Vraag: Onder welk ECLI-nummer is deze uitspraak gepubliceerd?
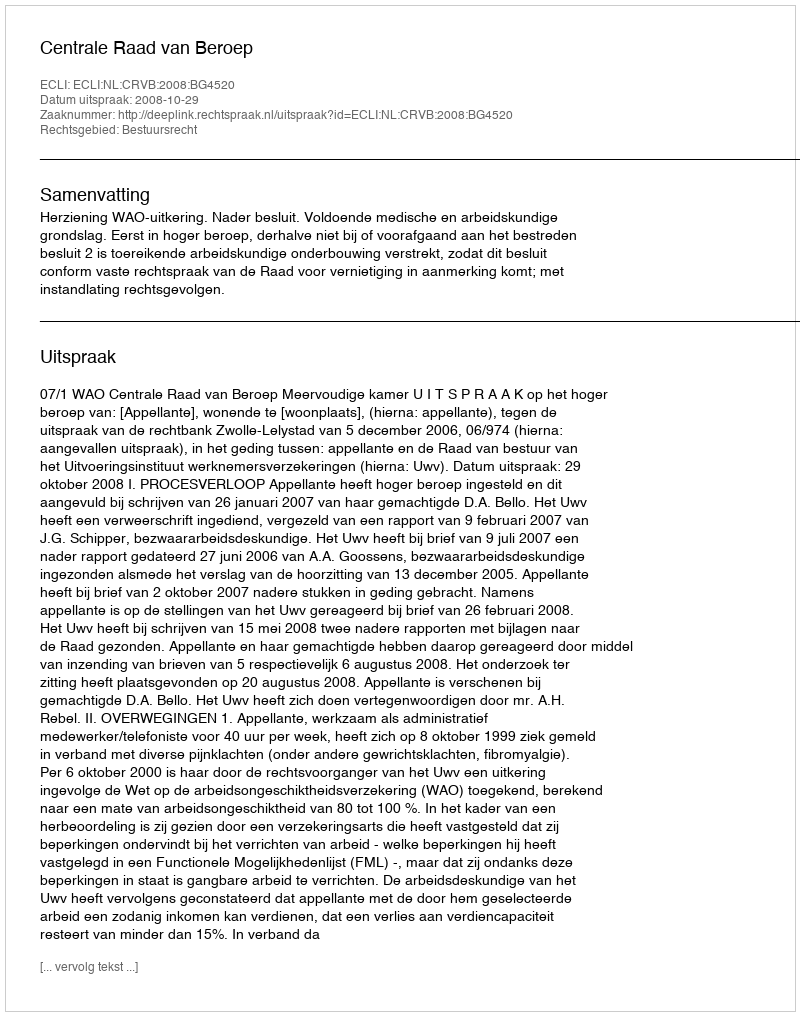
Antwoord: ECLI:NL:CRVB:2008:BG4520